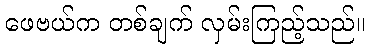
ဖေဗယ်က တစ်ချက် လှမ်းကြည့်သည်။